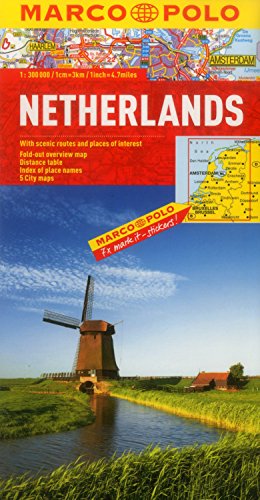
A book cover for Netherlands Marco Polo Map (Marco Polo Maps); Marco Polo Travel; Travel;